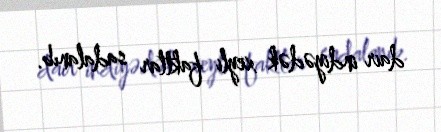
dair indiyədək xeyli faktlar sadalanıb.